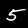
Digit: 5